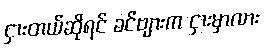
ငှားတယ်ဆိုရင် ခင်ဗျားက ငှားမှာလား